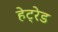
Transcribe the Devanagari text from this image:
हेट्रेड